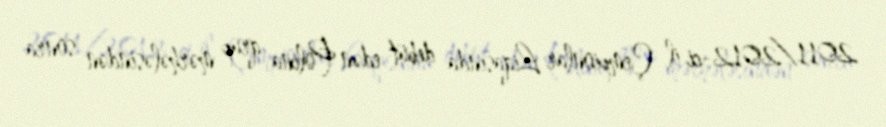
2011/2012-ci il Çempionlar Liqasında debüt edən Polina qrup mərhələsindən sonra